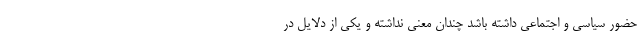
حضور سیاسی و اجتماعی داشته باشد چندان معنی نداشته و یکی از دلایل در